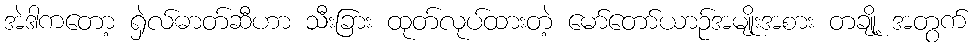
အဲဒါကတော့ ရှဲလ်ဓာတ်ဆီဟာ သီးခြား ထုတ်လုပ်ထားတဲ့ မော်တော်ယာဉ်အမျိုးအစား တချို့ အတွက်